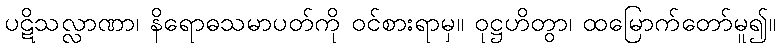
ပဋိသလ္လာဏာ၊ နိရောဓသမာပတ်ကို ဝင်စားရာမှ။ ဝုဋ္ဌဟိတွာ၊ ထမြောက်တော်မူ၍။